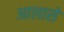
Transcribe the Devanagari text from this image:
आलासे